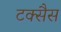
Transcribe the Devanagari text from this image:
टक्सैस